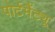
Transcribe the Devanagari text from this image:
पोर्टमैंट्यू